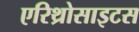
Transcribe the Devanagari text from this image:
एरिथ्रोसाइटस